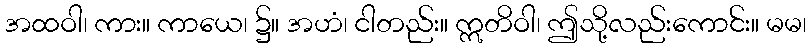
အထဝါ၊ ကား။ ကာယေ၊ ၌။ အဟံ၊ ငါတည်း။ ဣတိဝါ၊ ဤသို့လည်းကောင်း။ မမ၊